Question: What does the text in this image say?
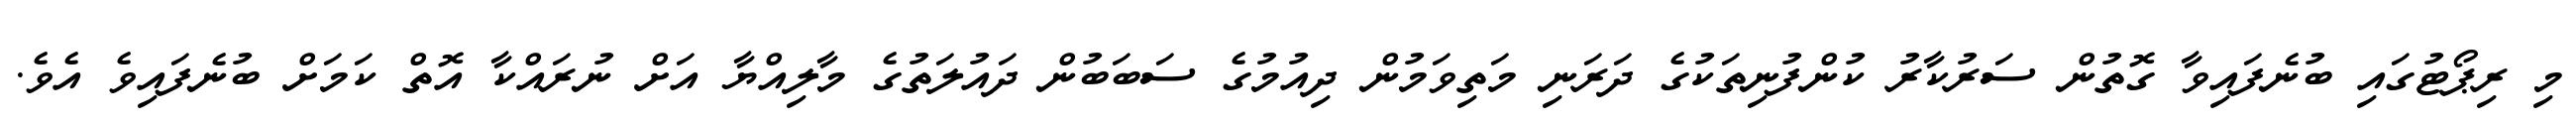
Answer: މި ރިޕޯޓުގައި ބުނެފައިވާ ގޮތުން ސަރުކާރު ކުންފުނިތަކުގެ ދަރަނި މަތިވަމުން ދިއުމުގެ ސަބަބުން ދައުލަތުގެ މާލިއްޔާ އަށް ނުރައްކާ އޮތް ކަމަށް ބުނެފައިވެ އެވެ.